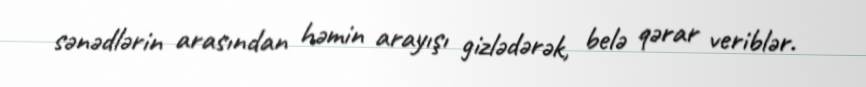
sənədlərin arasından həmin arayışı gizlədərək, belə qərar veriblər.